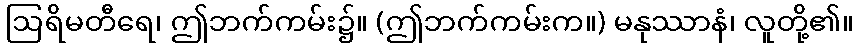
ဩရိမတီရေ၊ ဤဘက်ကမ်း၌။ (ဤဘက်ကမ်းက။) မနုဿာနံ၊ လူတို့၏။